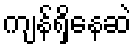
ကျန်ရှိနေဆဲ